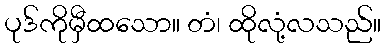
ပုဒ်ကိုမှီထသော။ တံ၊ ထိုလုံ့လသည်။